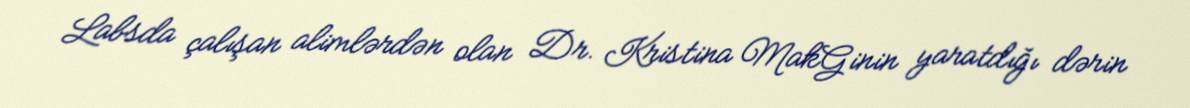
Labsda çalışan alimlərdən olan Dr. Kristina MakGinin yaratdığı dərin